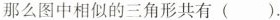
那么图中相似的三角形共有().